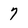
Character: 7